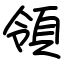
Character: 領